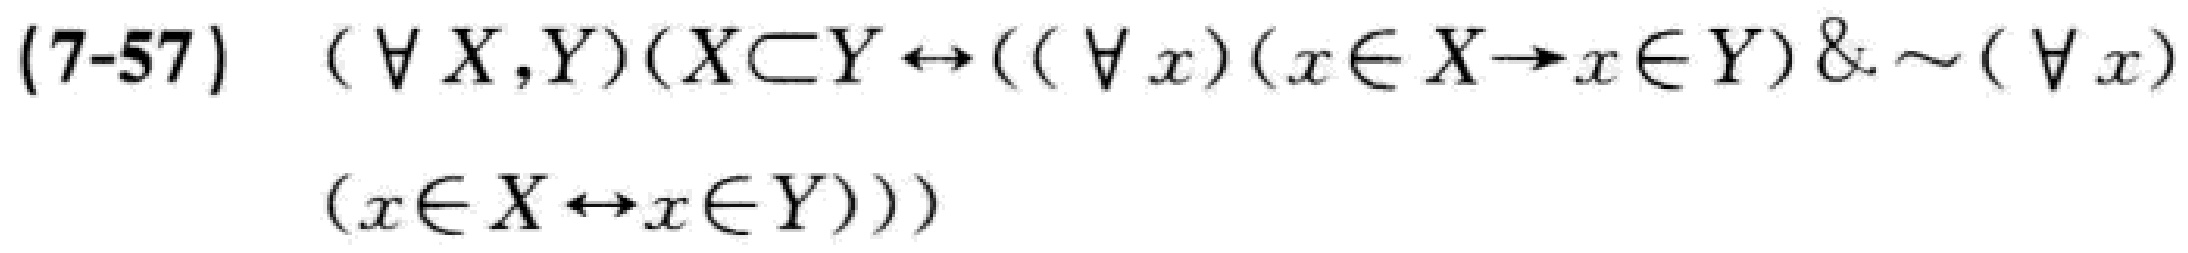
(7-57) $(\forall X,Y)(X\subset Y\leftrightarrow((\forall x)(x\in X\rightarrow x\in Y)\&\sim(\forall x)(x\in X\leftrightarrow x\in Y)))$